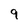
Character: 9